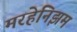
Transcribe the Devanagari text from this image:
मरहेनिझम